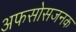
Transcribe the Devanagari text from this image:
अफसोसजनक